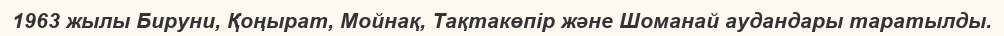
1963 жылы Бируни, Қоңырат, Мойнақ, Тақтакөпір және Шоманай аудандары таратылды.